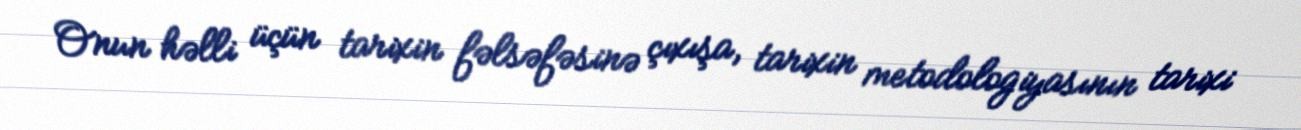
Onun həlli üçün tarixin fəlsəfəsinə çıxışa, tarixin metodologiyasının tarixi